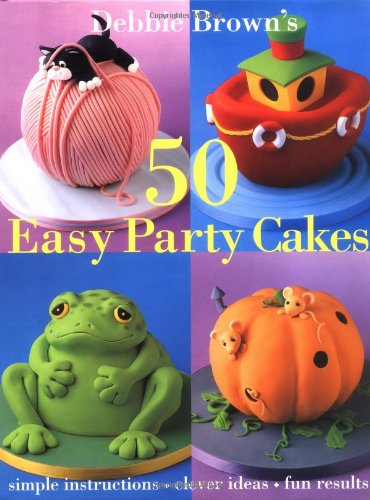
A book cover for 50 Easy Party Cakes; Debbie Brown; Cookbooks, Food & Wine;